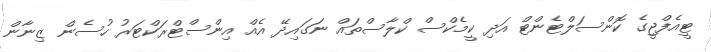
ޓީއެފްޖީގެ ކޮންސަލްޓެންޓް އަދި ކީމެކްސް ކްލާސްތައް ނަގައިދޭ އެއް އިންސްޓްރަކްޓަރު ހުސެން ޒިނާން